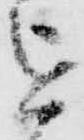
を